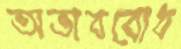
অভাববোধ